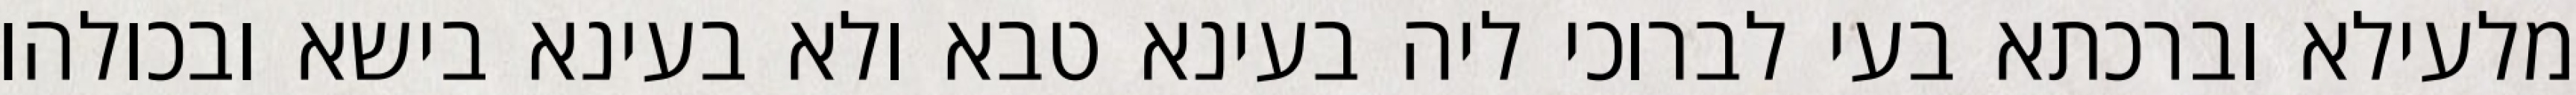
מלעילא וברכתא בעי לברוכי ליה בעינא טבא ולא בעינא בישא ובכולהו